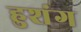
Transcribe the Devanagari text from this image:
हुशंग